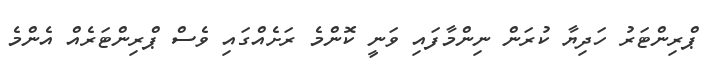
ޕްރިންޓަރު ހަދިޔާ ކުރަން ނިންމާފައި ވަނީ ކޮންމެ ރަށެއްގައި ވެސް ޕްރިންޓަރެއް އެންމެ